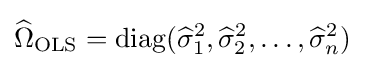
{\widehat {\Omega }}_{\text{OLS}}=\operatorname {diag} ({\widehat {\sigma }}_{1}^{2},{\widehat {\sigma }}_{2}^{2},\dots ,{\widehat {\sigma }}_{n}^{2})